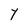
Character: Y